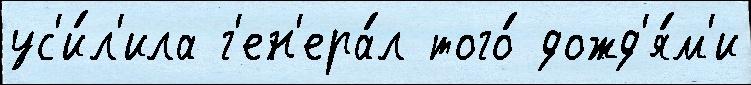
ус'и́л'ила г'ен'ера́л того́ дожд'я́м'и